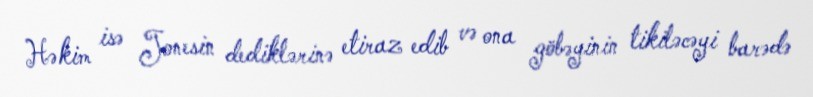
Həkim isə Jonesin dediklərinə etiraz edib və ona göbəyinin tikiləcəyi barədə